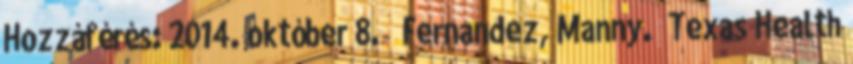
Hozzáférés: 2014. október 8. ↑ Fernandez, Manny. „Texas Health